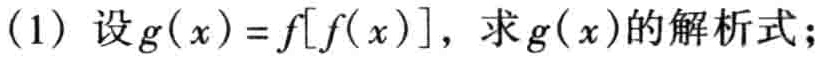
(1) 设\(g(x)=f[f(x)]\)，求\(g(x)\)的解析式；